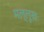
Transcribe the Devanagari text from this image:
मल्लूखः